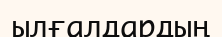
ылғалдардың